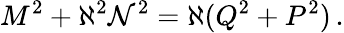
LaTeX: M^{2}+\aleph^{2}\mathcal{N}^{2}=\aleph(Q^{2}+P^{2})\, .